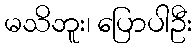
မသိဘူး၊ ပြောပါဦး